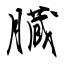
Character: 臓